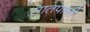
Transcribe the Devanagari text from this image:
सातपानी